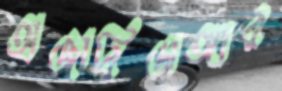
হাজারিডাঙ্গার